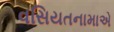
વસિયતનામાએ